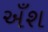
અઁશ